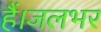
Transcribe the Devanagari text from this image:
हैं।जलभर